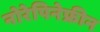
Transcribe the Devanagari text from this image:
नोरेपिनेफ्रीन